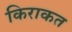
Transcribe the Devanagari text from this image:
किराकत